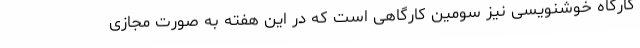
کارگاه خوشنویسی نیز سومین کارگاهی است که در این هفته به صورت مجازی